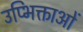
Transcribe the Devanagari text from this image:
उप्भिक्ताओं